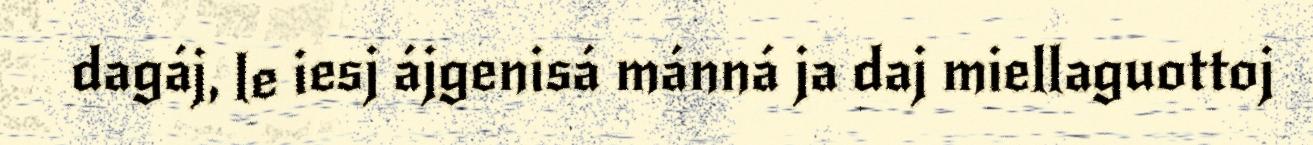
dagáj, le iesj ájgenisá mánná ja daj miellaguottoj